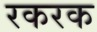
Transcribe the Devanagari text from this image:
रकरक